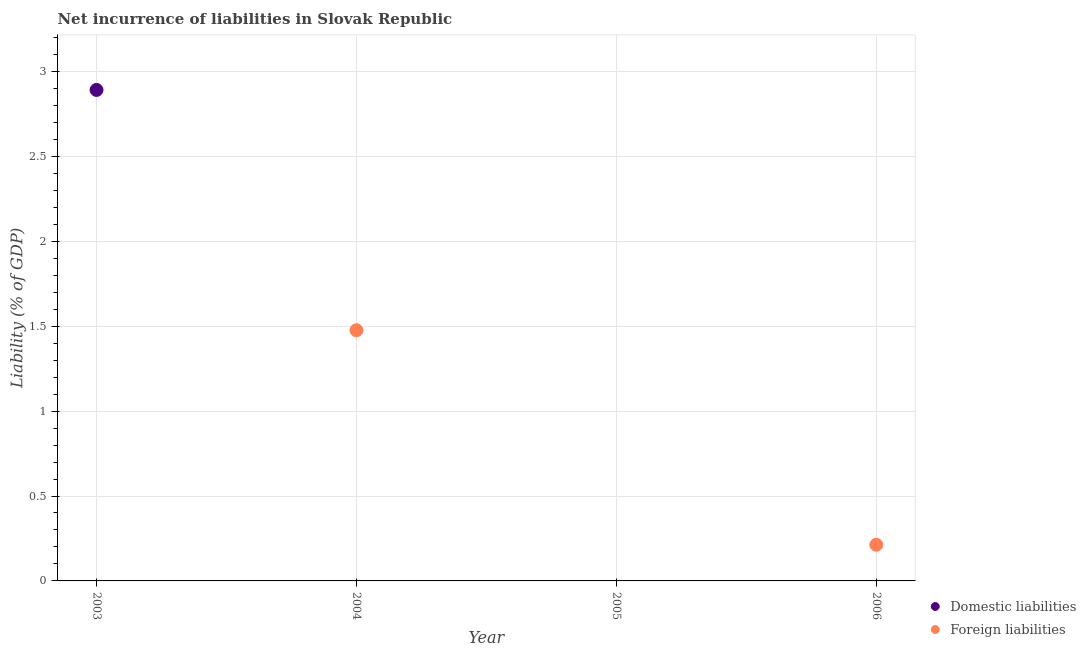
| Year | Domestic liabilities | Foreign liabilities |
 | --- | --- | --- |
 | 2003 | 2.89 | -0.183 |
 | 2004 | -3.59 | 1.48 |
 | 2005 | -0.42 | -2.8 |
 | 2006 | -0.281 | 0.213 |